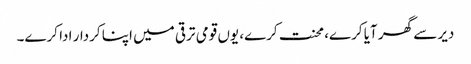
دیر سے گھر آیا کرے، محنت کرے، یوں قومی ترقی میں اپنا کردار ادا کرے۔